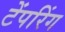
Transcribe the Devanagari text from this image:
टेंपरिंग